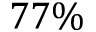
7 7 \%